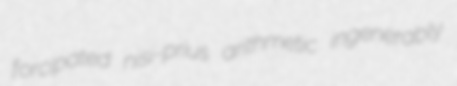
forcipated nisi-prius arithmetic ingenerably